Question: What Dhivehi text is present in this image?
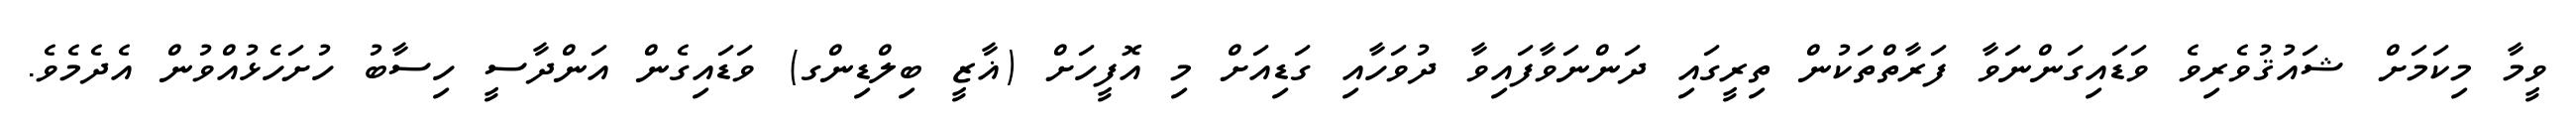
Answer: ވީމާ މިކަމަށް ޝައުޤުވެރިވެ ވަޑައިގަންނަވާ ފަރާތްތަކުން ތިރީގައި ދަންނަވާފައިވާ ދުވަހާއި ގަޑިއަށް މި އޮފީހަށް (ޣާޒީ ބިލްޑިންގ) ވަޑައިގެން އަންދާސީ ހިސާބު ހުށަހެޅުއްވުން އެދެމެވެ.